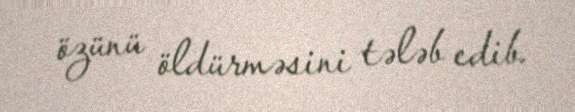
özünü öldürməsini tələb edib.